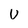
Character: U